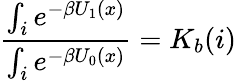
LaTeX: \frac{\int_{i}e^{-\beta U_{1}(x)}}{\int_{i}e^{-\beta U_{0}(x)}}=K_{b}(i)